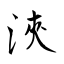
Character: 浹